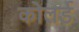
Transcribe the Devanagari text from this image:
कोलर्ड